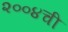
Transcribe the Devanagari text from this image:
२००४ची